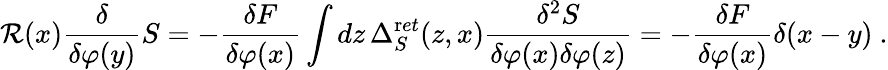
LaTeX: {\mathcal R}(x)\frac{\delta}{\delta\varphi(y)}S=-\frac{\delta F}{\delta\varphi(x)}\int dz\, \Delta_{S}^{\mathrm ret}(z,x)\frac{\delta^{2}S}{\delta\varphi(x)\delta\varphi(z)}=-\frac{\delta F}{\delta\varphi(x)}\delta(x-y)\ .